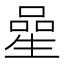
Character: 𠻖